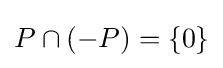
P\cap (-P)=\{0\}